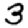
Digit: 3